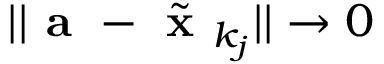
| | { \textbf { a } } - { \tilde { \textbf { x } } } _ { k _ { j } } | | \to 0